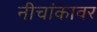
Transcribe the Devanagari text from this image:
नीचांकावर